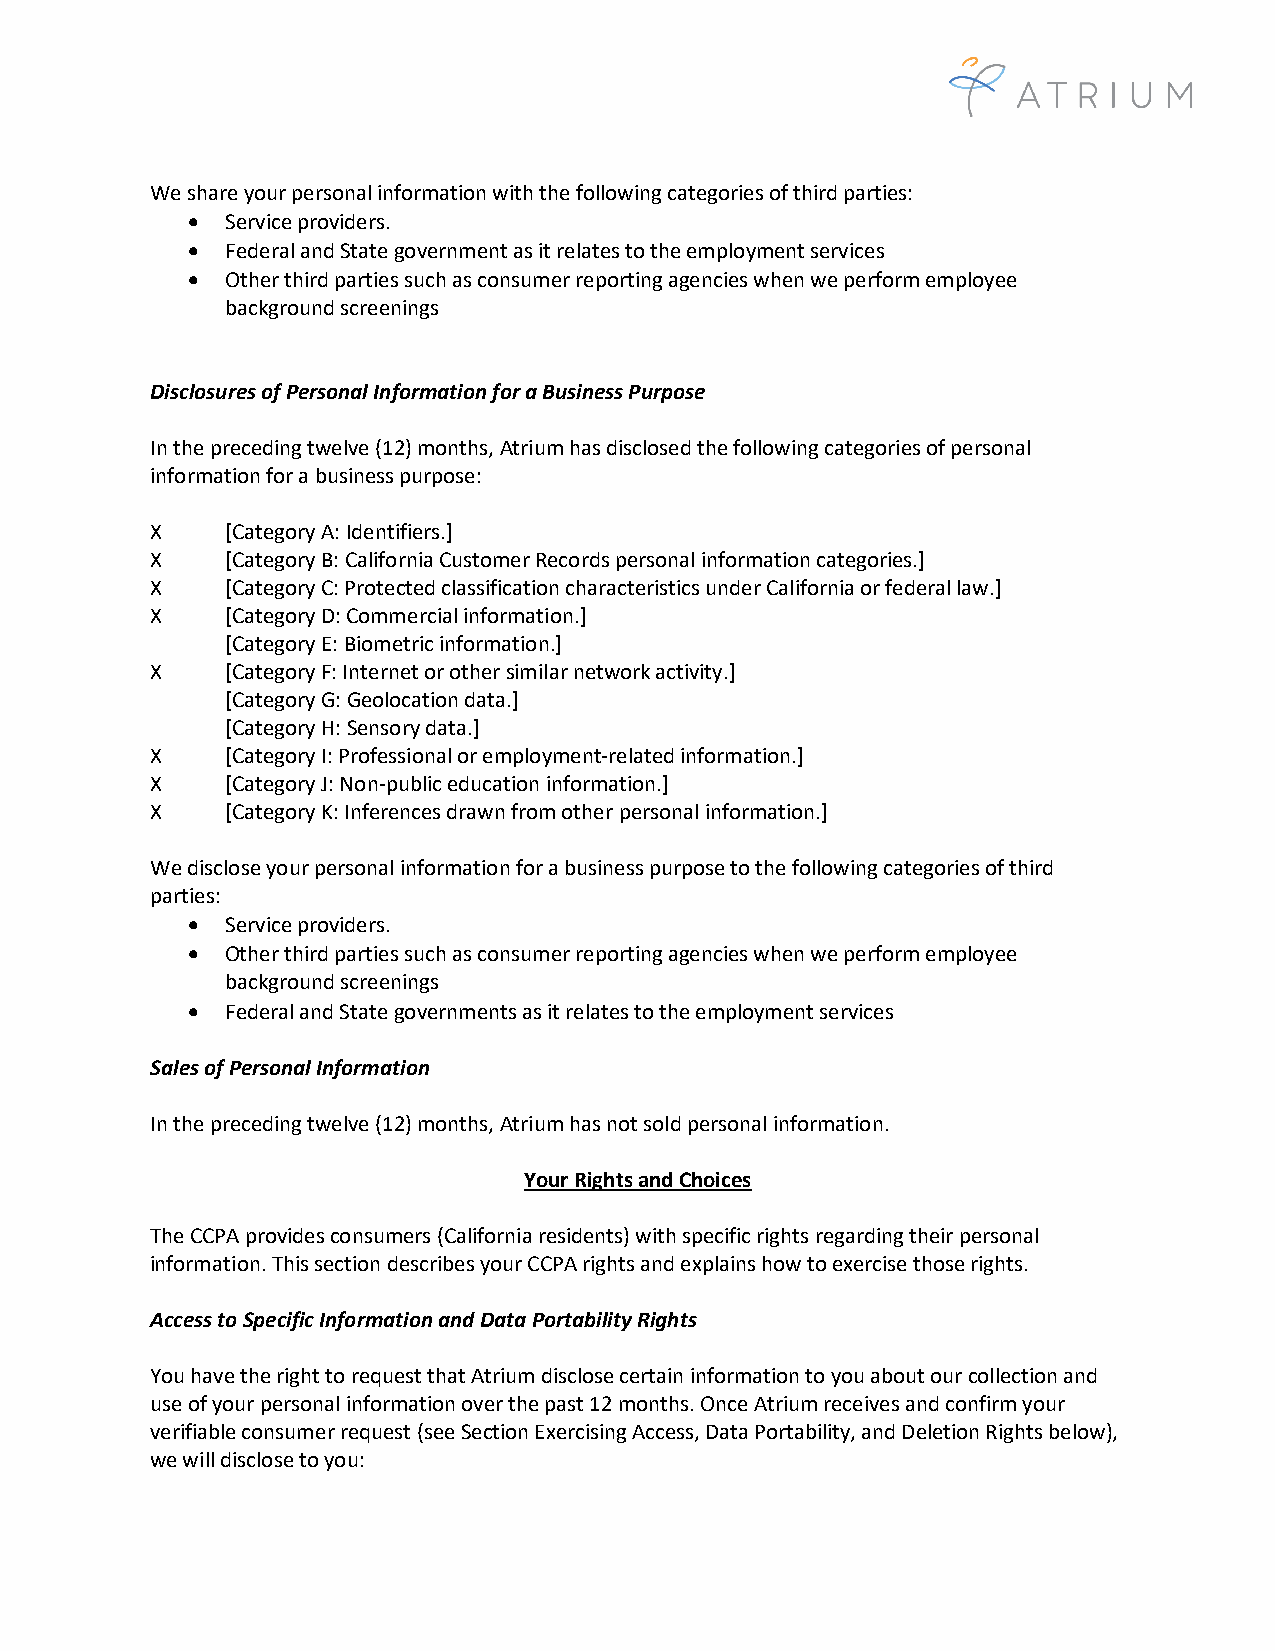
We share your personal information with the following categories of third parties:
 •  Service providers.
 •  Federal and State government as it relates to the employment services
 •  Other third parties such as consumer reporting agencies when we perform employee
 background screenings
 Disclosures of Personal Information for a Business Purpose
 In the preceding twelve (12) months, Atrium has disclosed the following categories of personal
 information for a business purpose:
 X    [Category A: Identifiers.]
 X    [Category B: California Customer Records personal information categories.]
 X    [Category C: Protected classification characteristics under California or federal law.]
 X    [Category D: Commercial information.]
 [Category E: Biometric information.]
 X    [Category F: Internet or other similar network activity.]
 [Category G: Geolocation data.]
 [Category H: Sensory data.]
 X    [Category I: Professional or employment-related information.]
 X    [Category J: Non-public education information.]
 X    [Category K: Inferences drawn from other personal information.]
 We disclose your personal information for a business purpose to the following categories of third
 parties:
 •  Service providers.
 •  Other third parties such as consumer reporting agencies when we perform employee
 background screenings
 •  Federal and State governments as it relates to the employment services
 Sales of Personal Information
 In the preceding twelve (12) months, Atrium has not sold personal information.
 Your Rights and Choices
 The CCPA provides consumers (California residents) with specific rights regarding their personal
 information. This section describes your CCPA rights and explains how to exercise those rights.
 Access to Specific Information and Data Portability Rights
 You have the right to request that Atrium disclose certain information to you about our collection and
 use of your personal information over the past 12 months. Once Atrium receives and confirm your
 verifiable consumer request (see Section Exercising Access, Data Portability, and Deletion Rights below),
 we will disclose to you: